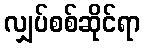
လျှပ်စစ်ဆိုင်ရာ